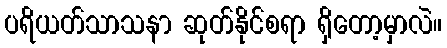
ပရိယတ်သာသနာ ဆုတ်နိုင်စရာ ရှိတော့မှာလဲ။